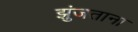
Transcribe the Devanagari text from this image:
झुंजताना